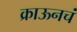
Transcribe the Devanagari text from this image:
क्राऊनचं